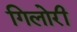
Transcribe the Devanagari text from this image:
गिलोरी